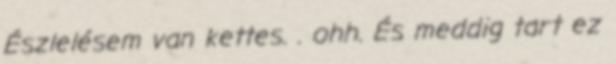
Észlelésem van kettes. . ohh. És meddig tart ez